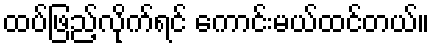
ထပ်ဖြည့်လိုက်ရင် ကောင်းမယ်ထင်တယ်။